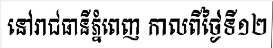
នៅរាជធានីភ្នំពេញ កាលពីថ្ងៃទី១២